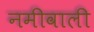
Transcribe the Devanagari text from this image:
नमीवाली